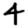
Digit: 4